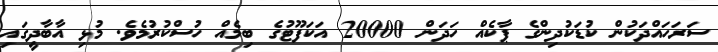
ސަރަހައްދަކުން ކުޑަކުދިންގެ ޕާކެއް ހަދަން 20000 އަކަފޫޓުގެ ބިމެއް ހުސްކުރުމެވެ. މުޅި އާބާދީގައި